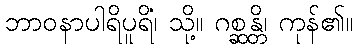
ဘာဝနာပါရိပူရိံ၊ သို့။ ဂစ္ဆန္တိ၊ ကုန်၏။